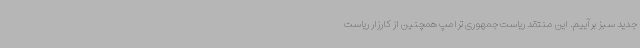
جدید سبز برآییم. این منتقد ریاست جمهوری ترامپ همچنین از کارزار ریاست